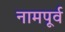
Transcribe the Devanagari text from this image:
नामपूर्व